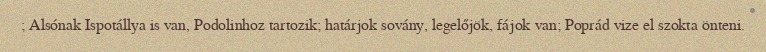
; Alsónak Ispotállya is van, Podolinhoz tartozik; határjok sovány, legelőjök, fájok van; Poprád vize el szokta önteni.